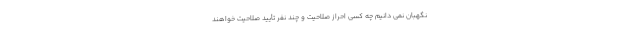
نگهبان نمی دانیم چه کسی احراز صلاحیت و چند نفر تأیید صلاحیت خواهند